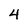
Character: 4